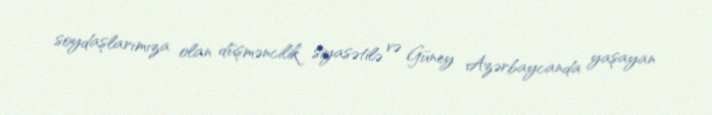
soydaşlarımıza olan düşməncilik siyasətilə və Güney Azərbaycanda yaşayan